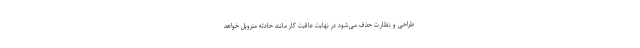
طراحی و نظارت حذف می‌شود در نهایت عاقبت کار مانند حادثه متروپل خواهد